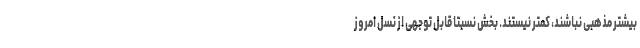
بیشتر مذهبی نباشند، کمتر نیستند. بخش نسبتاً قابل توجهی از نسل امروز